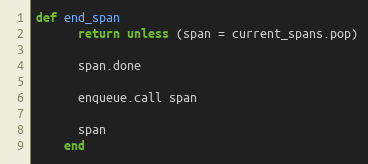
Language: Ruby
def end_span
      return unless (span = current_spans.pop)

      span.done

      enqueue.call span

      span
    end